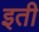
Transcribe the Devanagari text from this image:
इती